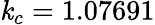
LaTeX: \mathit{k}_{c}=1.07691